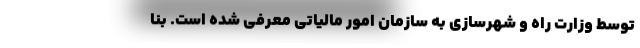
توسط وزارت راه و شهرسازی به سازمان امور مالیاتی معرفی شده است. بنا